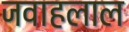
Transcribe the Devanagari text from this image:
जवाहलाल